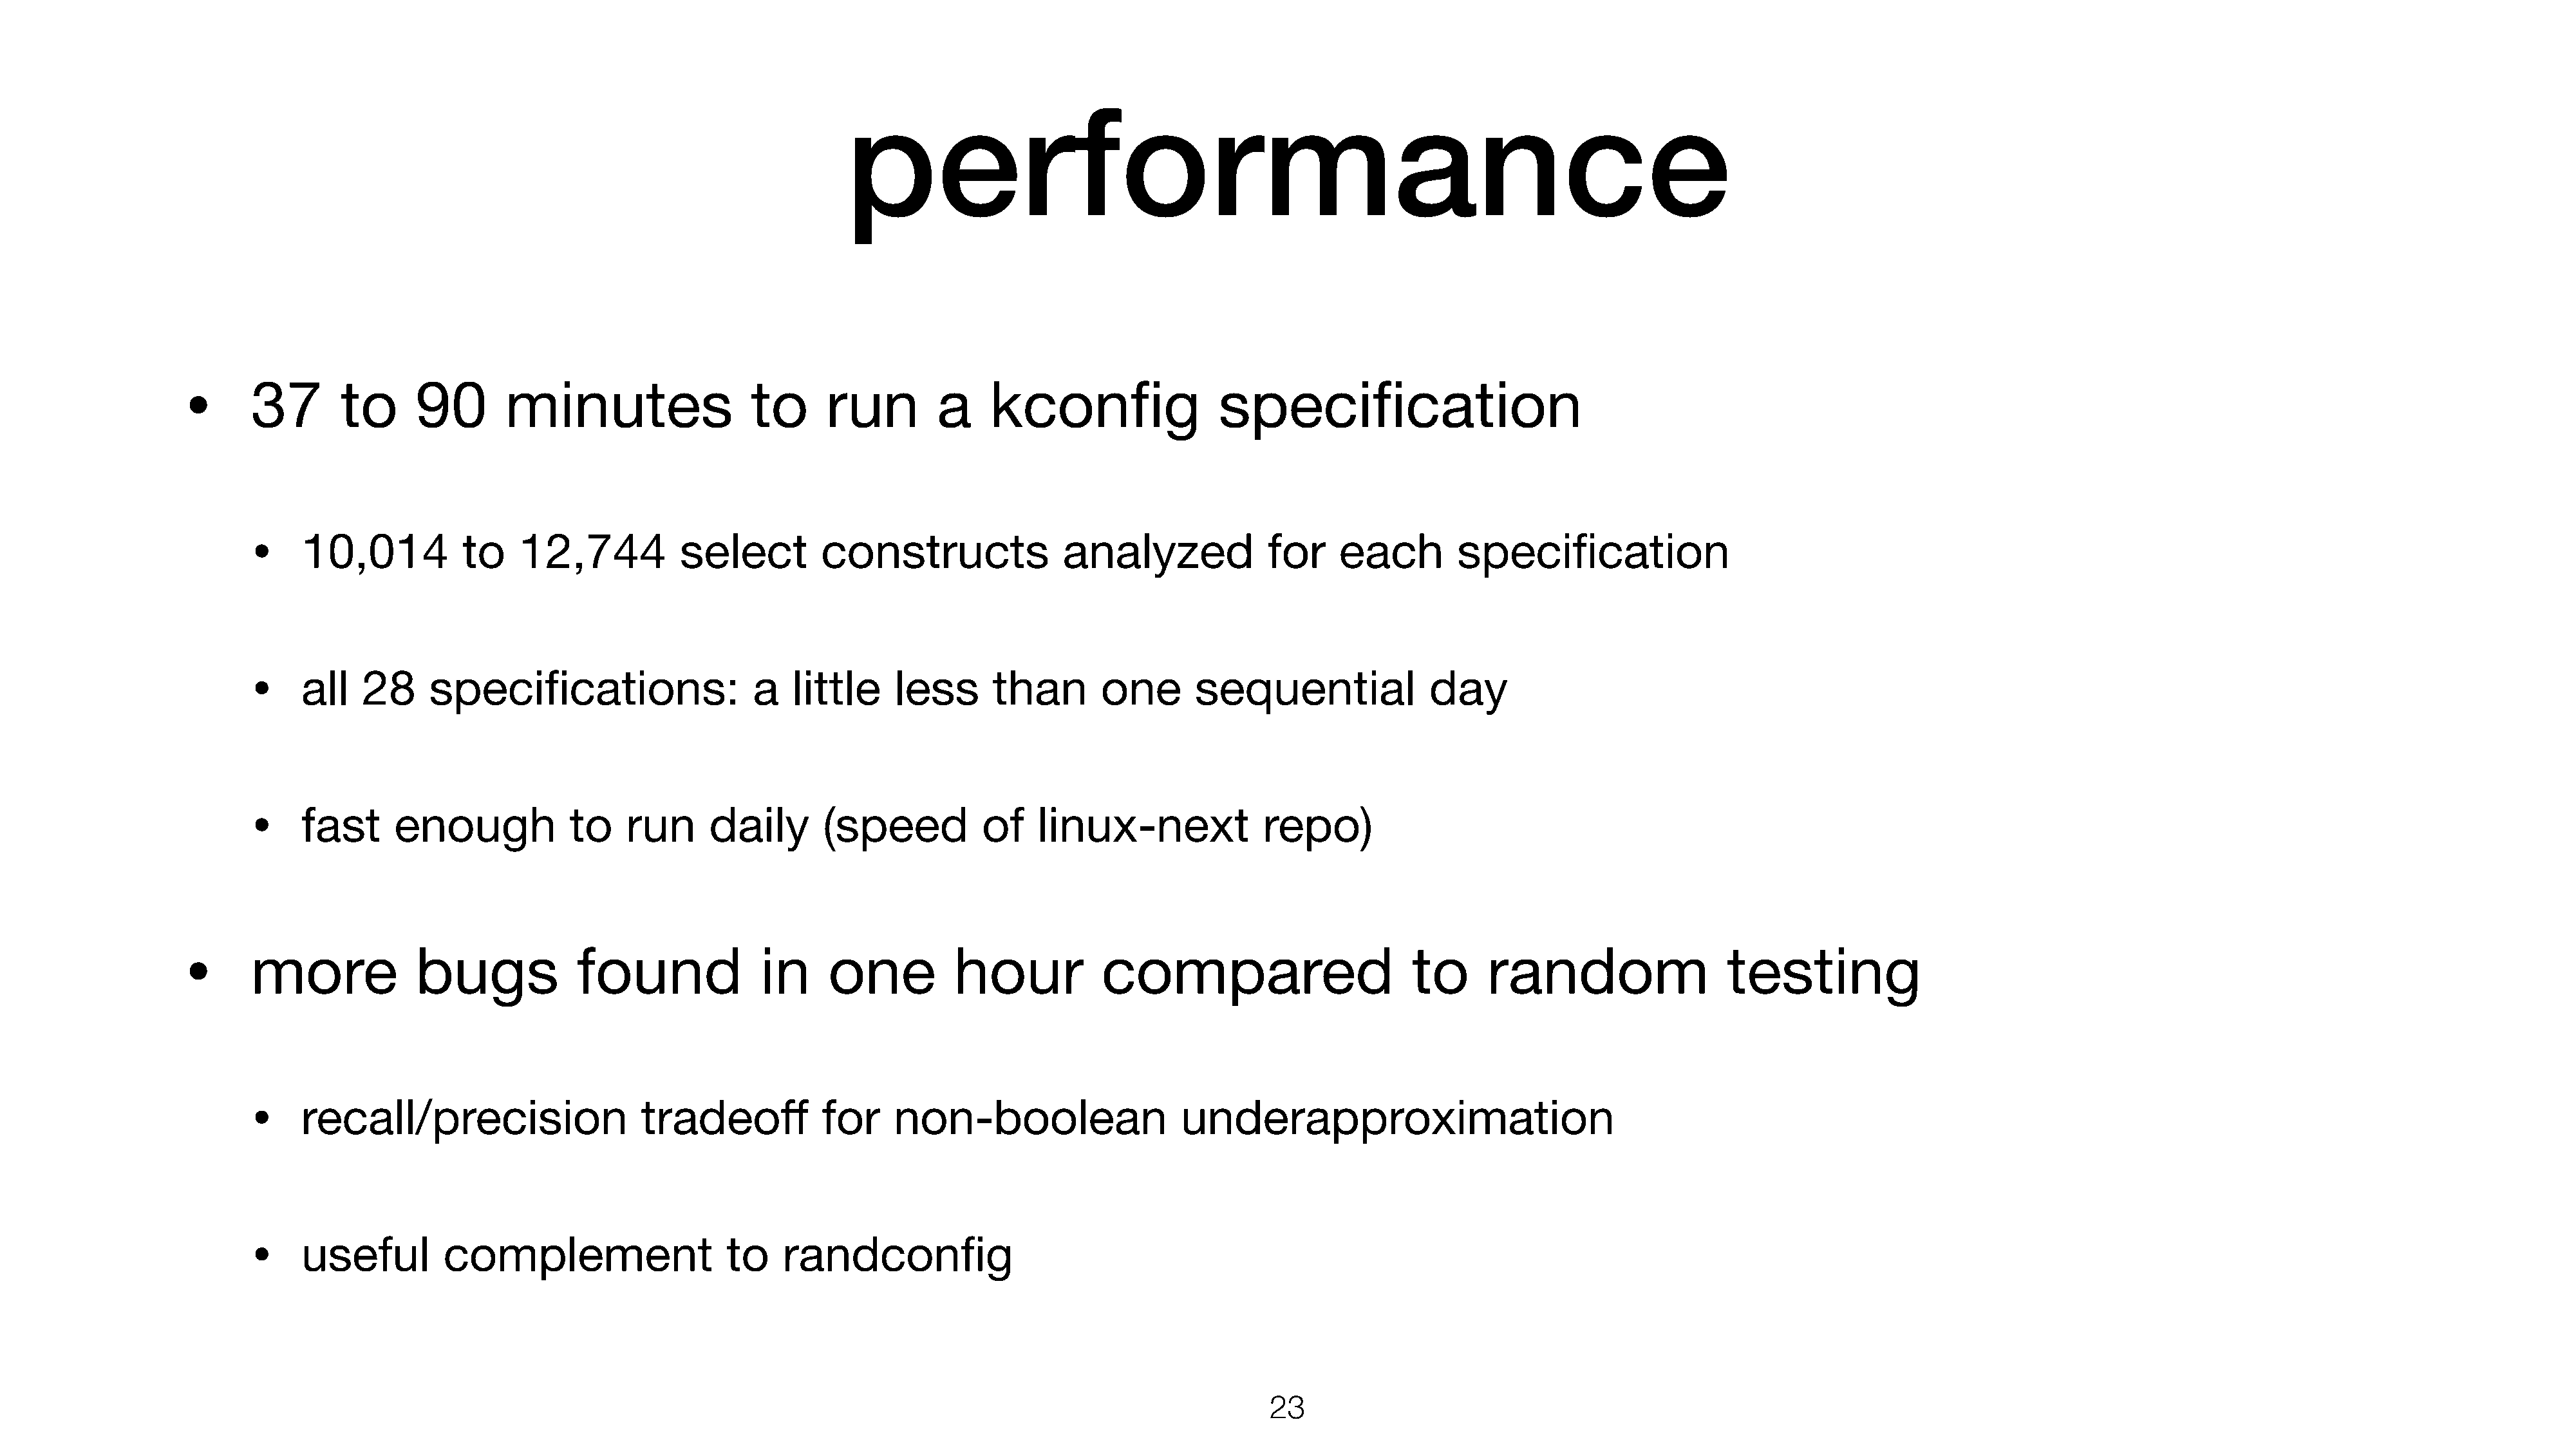
performance
 •
 37       to      90       minutes                  to      run        a     kconfig                specification
 •
 10,014           to   12,744           select        constructs               analyzed             for     each        specification
 •
 all   28     specifications:                  a   little     less      than       one       sequential              day
 •
 fast      enough            to   run      daily       (speed          of    linux-next             repo)
 •
 more             bugs            found              in     one          hour           compared                        to      random                   testing
 •
 recall/precision                   tradeoff          for     non-boolean                  underapproximation
 •
 useful         complement                   to   randconfig
 23